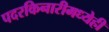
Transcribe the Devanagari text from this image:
पदरकिनारीमध्येही